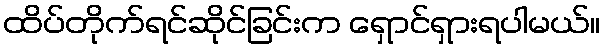
ထိပ်တိုက်ရင်ဆိုင်ခြင်းက ရှောင်ရှားရပါမယ်။